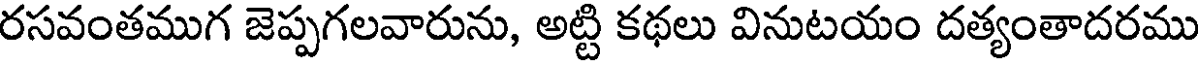
రసవంతముగ జెప్పగలవారును, అట్టి కథలు వినుటయం దత్యంతాదరము